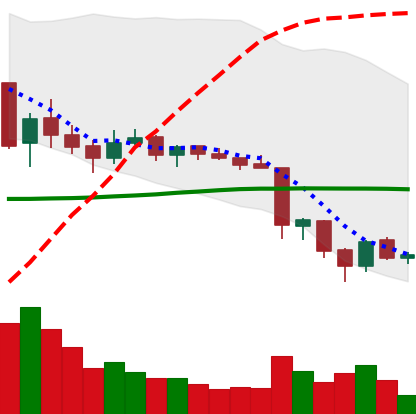
Ticker: TRX-USD
Chart end date: 2018-06-16
Forward return: 12.507%
Label: up_7plus